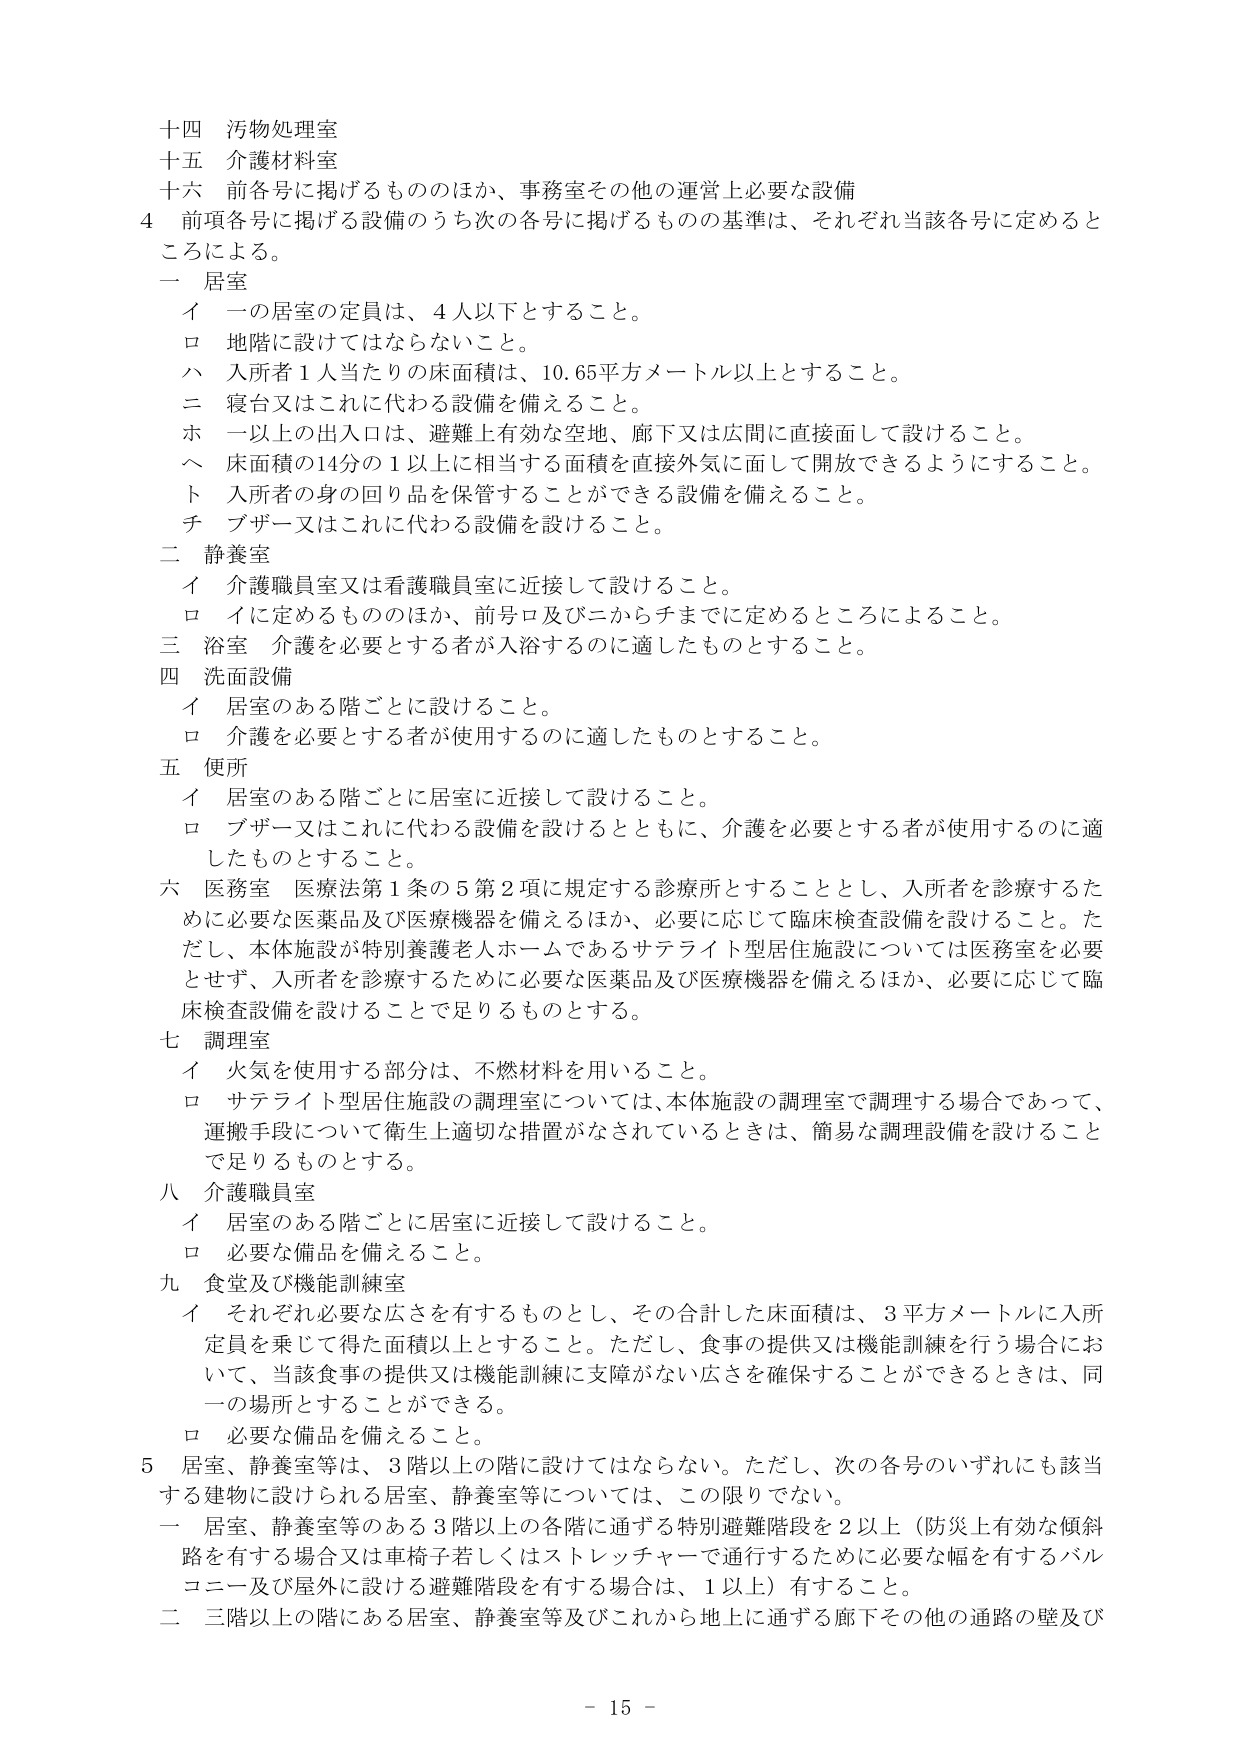
十四 汚物処理室
十五 介護材料室
十六 前各号に掲げるもののほか、事務室その他 の運営上必要な設備

4 前項各号に掲げる設備のうち次の各号に掲げるものの基準は、それぞれ当該各号に定めるところによる。

一 居室
　イ 一の居室の定員は、4人以下とすること。
　ロ 地階に設けてはならないこと。
　ハ 入所者1人当たりの床面積は、10.65平方メートル以上とすること。
　ニ 寝台又はこれに代わる設備を備えること。
　ホ 一以上の出入口は、避難上有効な空地、廊下又は広間に直接面して設けること。
　ヘ 床面積の14分の1以上に相当する面積を直接外気に面して開放できるようにすること。
　ト 入所者の身の回り品を保管することができる設備を備えること。
　チ ブザー又はこれに代わる設備を設けること。

二 静養室
　イ 介護職員室又は看護職員室に近接して設けること。
　ロ イに定めるもののほか、前号ロ及びニからチまでに定めるところによること。

三 浴室 介護を必要とする者が入浴するのに適したものとすること。

四 洗面設備
　イ 居室のある階ごとに設けること。
　ロ 介護を必要とする者が使用するのに適したものとすること。

五 便所
　イ 居室のある階ごとに居室に近接して設けること。
　ロ ブザー又はこれに代わる設備を設けるとともに、介護を必要とする者が使用するのに適したものとすること。

六 医務室 医療法第1条の5第2項に規定する診療所とすることとし、入所者を診療するために必要な医薬品及び医療機器を備えるほか、必要に応じて臨床検査設備を設けること。ただし、本体施設が特別養護老人ホームであるサテライト型居住施設については医務室を必要とせず、入所者を診療するために必要な医薬品及び医療機器を備えるほか、必要に応じて臨床検査設備を設けることで足りるものとする。

七 調理室
　イ 火気を使用する部分は、不燃材料を用いること。
　ロ サテライト型居住施設の調理室については、本体施設の調理室で調理する場合であって、運搬手段について衛生上適切な措置がなされているときは、簡易な調理設備を設けることで足りるものとする。

八 介護職員室
　イ 居室のある階ごとに居室に近接して設けること。
　ロ 必要な備品を備えること。

九 食堂及び機能訓練室
　イ それぞれ必要な広さを有するものとし、その合計した床面積は、3平方メートルに入所定員を乗じて得た面積以上とすること。ただし、食事の提供又は機能訓練を行う場合において、当該食事の提供又は機能訓練に支障がない広さを確保することができるときは、同一の場所とすることができる。
　ロ 必要な備品を備えること。

5 居室、静養室等は、3階以上の階に設けてはならない。ただし、次の各号のいずれにも該当する建物に設けられる居室、静養室等については、この限りでない。
　一 居室、静養室等のある3階以上の各階に通ずる特別避難階段を2以上（防災上有効な傾斜路を有する場合又は車椅子若しくはストレッチャーで通行するために必要な幅を有するバルコニー及び屋外に設ける避難階段を有する場合は、1以上）有すること。
　二 三階以上の階にある居室、静養室等及びこれから地上に通ずる廊下その他の通路の壁及び

- 15 -